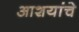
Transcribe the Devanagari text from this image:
आशयांचे